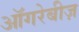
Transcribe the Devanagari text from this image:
ऑगरेबीज़